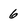
Character: 6